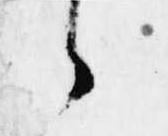
々